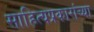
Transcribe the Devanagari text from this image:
साहित्यप्रकारांच्या